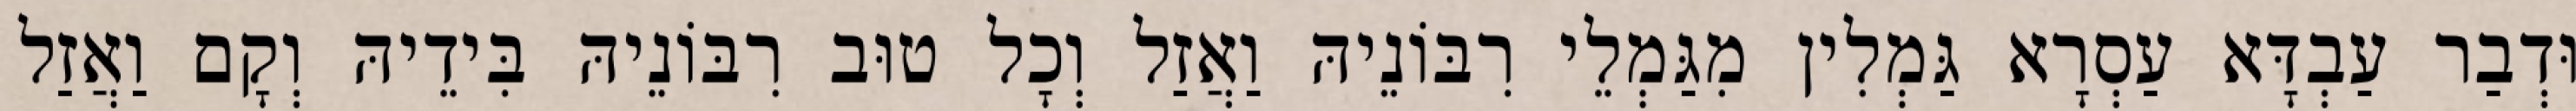
וּדְבַר עַבְדָּא עַסְרָא גַּמְלִין מִגַּמְלֵי רִבּוֹנֵיהּ וַאֲזַל וְכָל טוּב רִבּוֹנֵיהּ בִּידֵיהּ וְקָם וַאֲזַל